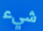
شيء